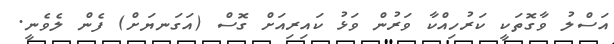
އަސްލު ވާގޮތަކީ ކަރުހިއްކާ ވަރުން ވަޅު ކައިރިއަށް ގޮސް (އަގަނޔަށް) ފެން ލެވެނީ.